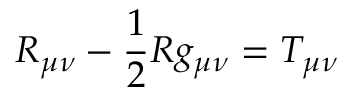
R _ { \mu \nu } - { \frac { 1 } { 2 } } R g _ { \mu \nu } = T _ { \mu \nu }